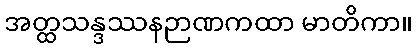
အတ္ထသန္ဒဿနဉာဏကထာ မာတိကာ။